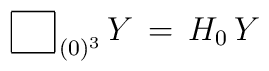
\begin{array}{|c|}\hline             \hskip .2 cm   \\\hline\end{array}_{\,(0)^3} \, Y \, = \, H_0 \, Y